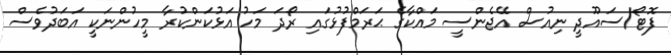
ފޮޓޯ/ސައޫދީ ނިއުސް އޭޖެންސީ މައްކާގެ ޙަރަމްފުޅުގައި ރޯދަ މަހު އަޅުކަންކުރާ މީހުންނަކީ އަބަދުވެސް